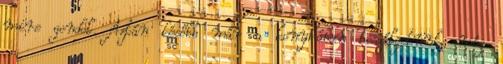
mire gondol. Aztán később már a konyhában beszélgetünk, míg